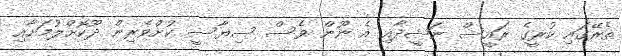
ތެރޭގައި ކުރީގެ ރައީސް ނަޝީދާއި އެ ނޫން ވެސް ސިޔާސީ ކުށްވެރިން ދޫކޮށްލުމަށާއި